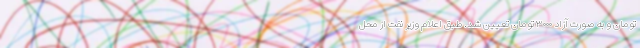
تومان و به صورت آزاد ۳۰۰۰ تومان تعیین شد. طبق اعلام وزیر نفت از محل